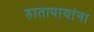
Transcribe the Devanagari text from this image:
हातापायांना